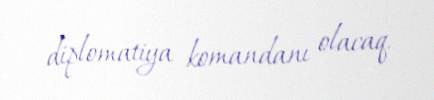
diplomatiya komandanı olacaq.